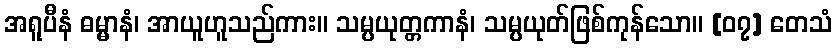
အရူပီနံ ဓမ္မာနံ၊ အာယူဟူသည်ကား။ သမ္ပယုတ္တကာနံ၊ သမ္ပယုတ်ဖြစ်ကုန်သော။ [၀၇] တေသံ